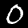
Label: 0